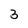
Character: 3